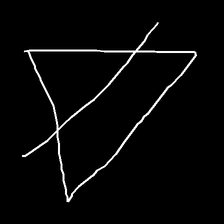
Glyph: empower